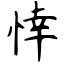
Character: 悻